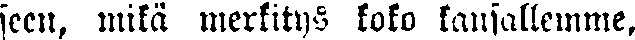
seen, mikä merkitys koko kansallemme,